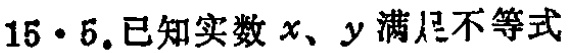
15·5.已知实数\(x、y\)满足不等式